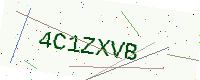
Text: 4C1ZXVB